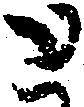
と